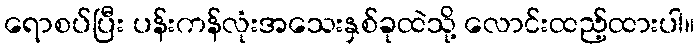
ရောစပ်ပြီး ပန်းကန်လုံးအသေးနှစ်ခုထဲသို့ လောင်းထည့်ထားပါ။